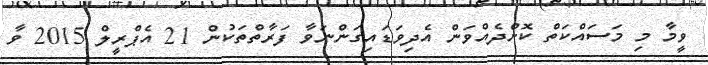
ވީމާ މި މަސައްކަތް ކޮށްދެއްވަން އެދިވަޑައިގަންނަވާ ފަރާތްތަކުން 21 އެޕްރީލް 2015 ވާ